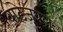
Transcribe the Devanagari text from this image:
वाटेजवल